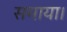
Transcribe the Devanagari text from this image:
समाया।